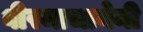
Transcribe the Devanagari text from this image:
वीरमाचानेनी